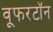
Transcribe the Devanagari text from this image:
वूफरटॉन